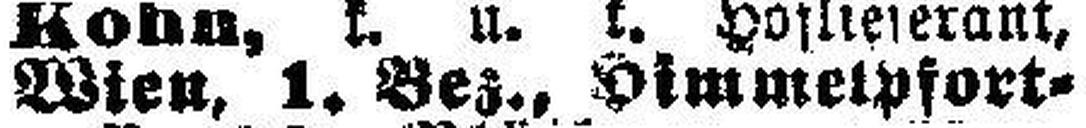
Wien, 1. Bez., Himmelpfort¬